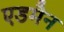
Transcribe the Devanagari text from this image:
एडमैन